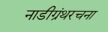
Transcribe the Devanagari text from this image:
नाडीग्रंथरचना